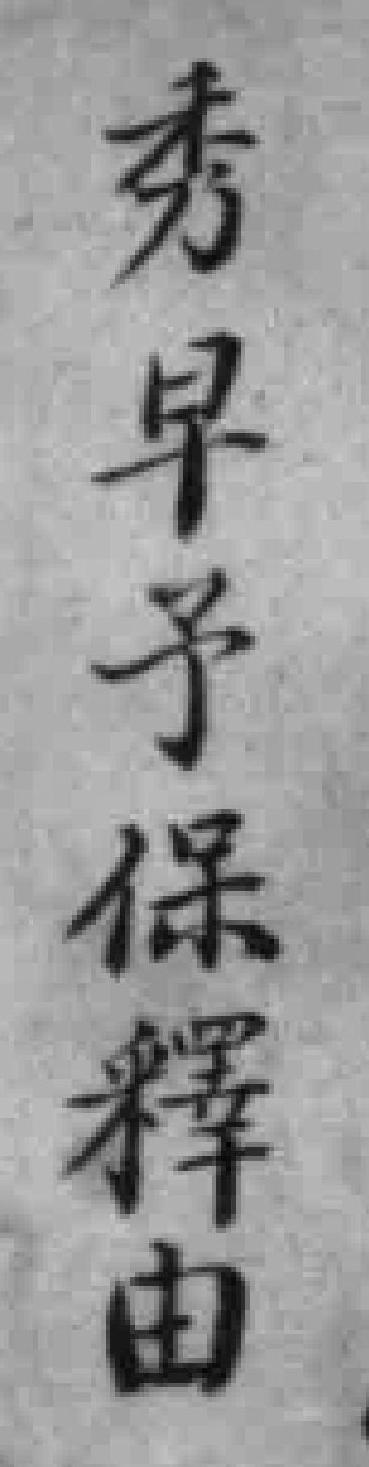
秀早予保釋由